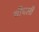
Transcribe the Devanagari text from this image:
चीचली